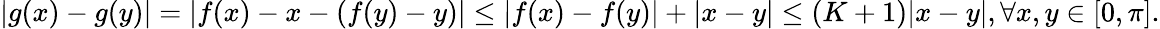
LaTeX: \begin{array}{r}{|g(x)-g(y)|=|f(x)-x-\left(f(y)-y\right)|\leq|f(x)-f(y)|+|x-y|\leq(K+1)|x-y|,\forall x,y\in[0,\pi].}\end{array}